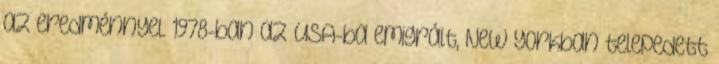
az eredménnyel. 1978-ban az USA-ba emigrált, New Yorkban telepedett